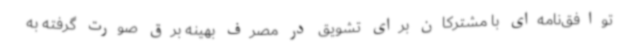
توافق‌نامه‌ای با مشترکان برای تشویق در مصرف بهینه برق صورت گرفته به